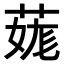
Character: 𦳨